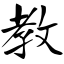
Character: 教